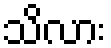
သိလား